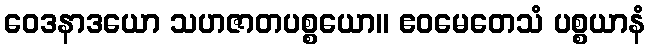
ဝေဒနာဒယော သဟဇာတပစ္စယော။ ဧဝမေတေသံ ပစ္စယာနံ